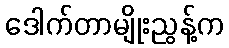
ဒေါက်တာမျိုးညွန့်က